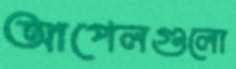
আপেলগুলো